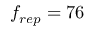
f _ { r e p } = 7 6